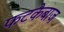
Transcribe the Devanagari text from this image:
फटकेबाज